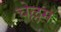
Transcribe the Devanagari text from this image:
चेल्लम